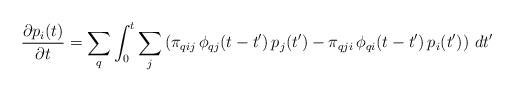
LaTeX: \begin{align*}\displaystyle{\frac{\partial p_i(t)}{\partial t} = \sum_q\int_0^t \sum_j \left(\pi_{qij}\,\phi_{qj}(t-t')\,p_j(t') -\pi_{qji}\,\phi_{qi}(t-t')\,p_i(t')\right)\, dt'}\end{align*}